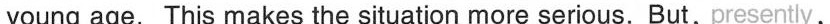
young age. This makes the situation more serious. But, presently,